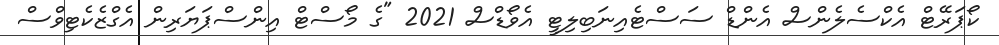
ކޯޕަރޭޓް އެކްސެލެންސް އެންޑް ސަސްޓެއިނަބިލިޓީ އެވޯޑްސް 2021 "ގެ މޯސްޓް އިންސްޕަޔަރިން އެގްޒެކެޓިވްސް